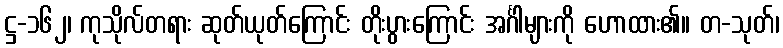
ဋ္ဌ-၁၆၂၊ ကုသိုလ်တရား ဆုတ်ယုတ်ကြောင်း တိုးပွားကြောင်း အင်္ဂါများကို ဟောထား၏။ တ-သုတ်၊